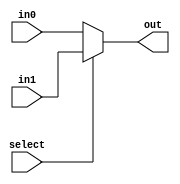
module mux (
    input wire [7:0] in0,
    input wire [7:0] in1,
    input wire select,
    output reg [7:0] out
);

always @(select)
begin
    if (select)
        out = in1;
    else
        out = in0;
end

endmodule